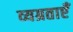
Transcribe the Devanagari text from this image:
व्यग्रताएँ